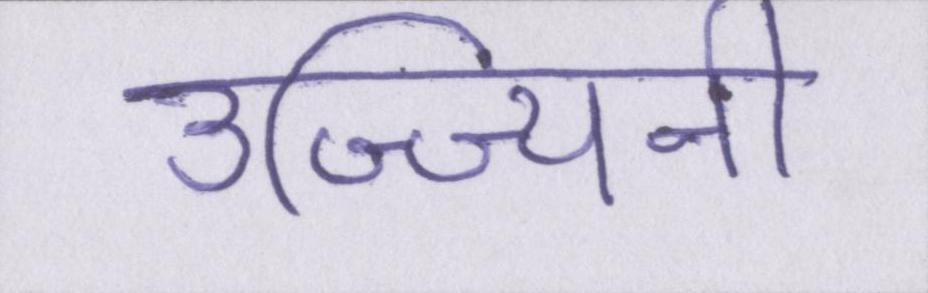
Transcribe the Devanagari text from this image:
उज्ज्यिनी